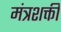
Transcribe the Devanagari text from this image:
मंत्रशक्ती